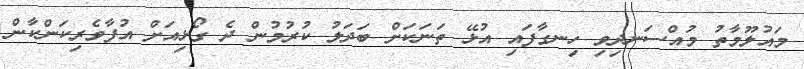
މައުލޫމާތު މުއްސަނދިވި ހިނގާފައި އުޅޭ ތަނަކަށް ބަދަލު ކުރުމުން ދެ ގޯޅިއަށް އުފާވެރިކަންކާން